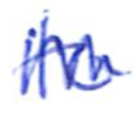
Text: to
Cross-out: zig-zag
Writing tool: ballpoint